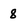
Character: 8